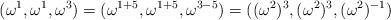
LaTeX: \begin{align*}(\omega^1,\omega^1,\omega^3)=(\omega^{1+5},\omega^{1+5},\omega^{3-5})=((\omega^2)^3,(\omega^2)^3,(\omega^2)^{-1})\end{align*}